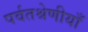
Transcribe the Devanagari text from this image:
पर्वतश्रेणीयाँ